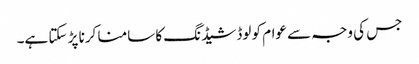
جس کی وجہ سے عوام کو لوڈشیڈنگ کا سامنا کرنا پڑ سکتا ہے۔